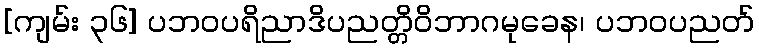
[ကျမ်း ၃၆] ပဘဝပရိညာဒိပညတ္တိဝိဘာဂမုခေန၊ ပဘဝပညတ်